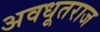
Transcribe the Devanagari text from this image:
अवधूतराज